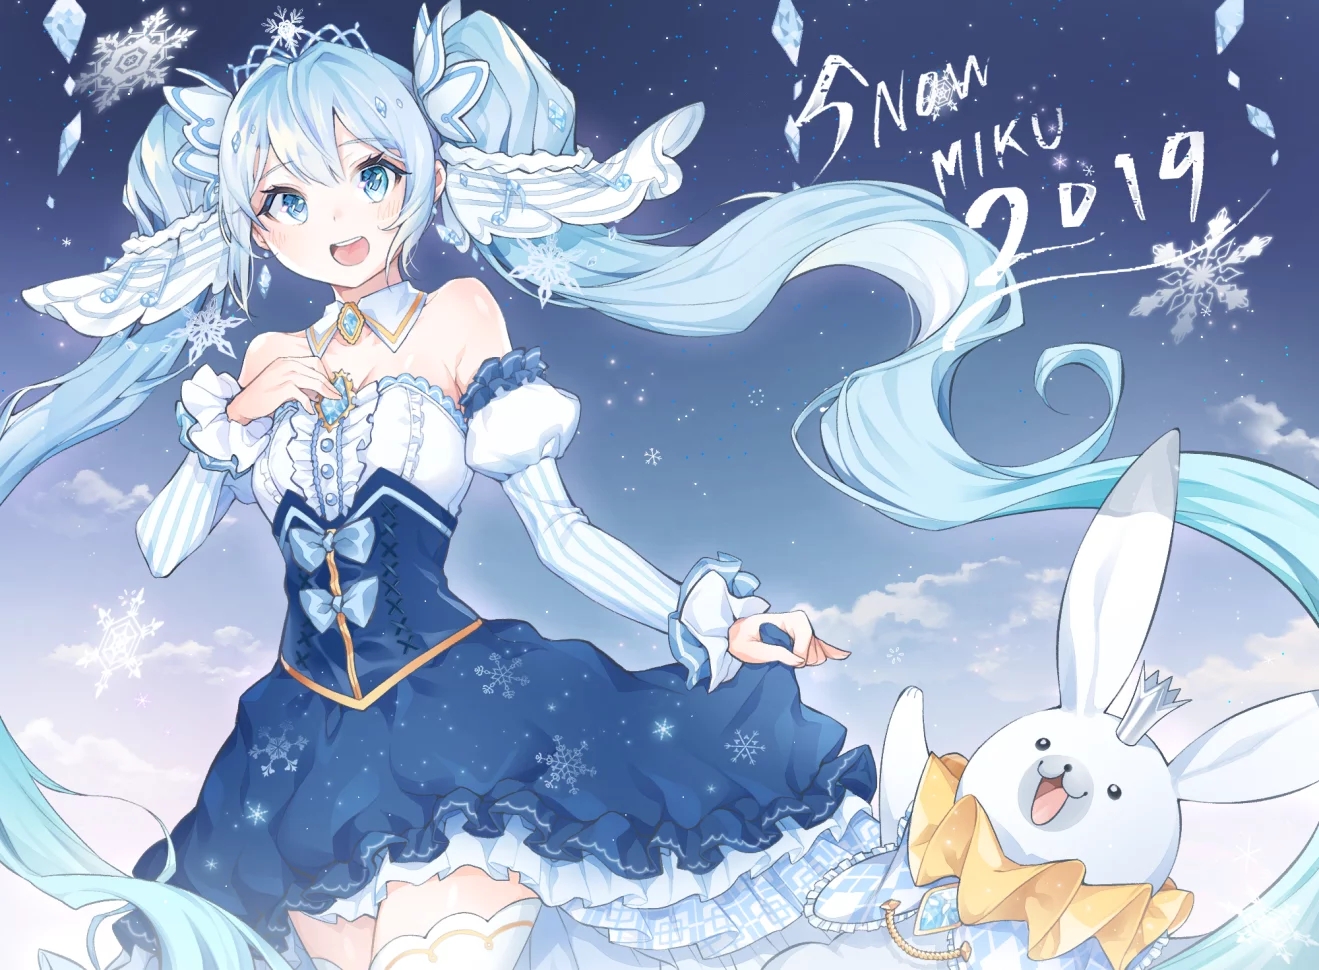
南湖秋水夜无烟，耐可乘流直上天。